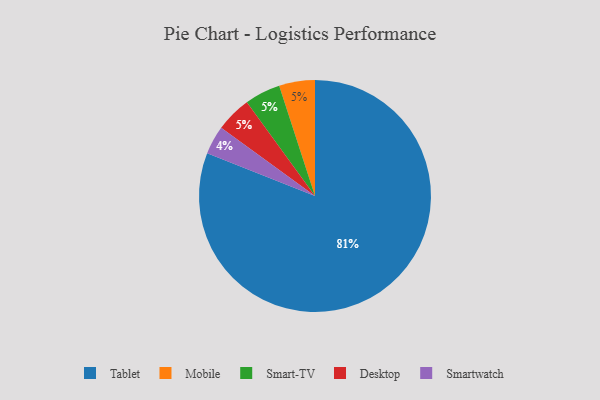
{"axis": {"x": "Category", "y": "Percentage"}, "legend": ["Desktop", "Mobile", "Smart-TV", "Smartwatch", "Tablet"], "data": [{"x": "Mobile", "y": 5, "type": "Mobile"}, {"x": "Smart-TV", "y": 5, "type": "Smart-TV"}, {"x": "Tablet", "y": 81, "type": "Tablet"}, {"x": "Desktop", "y": 5, "type": "Desktop"}, {"x": "Smartwatch", "y": 4, "type": "Smartwatch"}]}